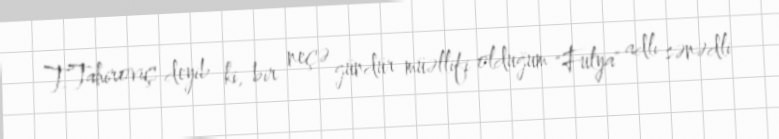
T.Tahiroviç deyib ki, bir neçə gündür müəllifi olduğum "Fulya" adlı sənədli